Indian journal of veterinary science and animal husbandry - Volumes 18-21, 1948-1951
Year: 1948
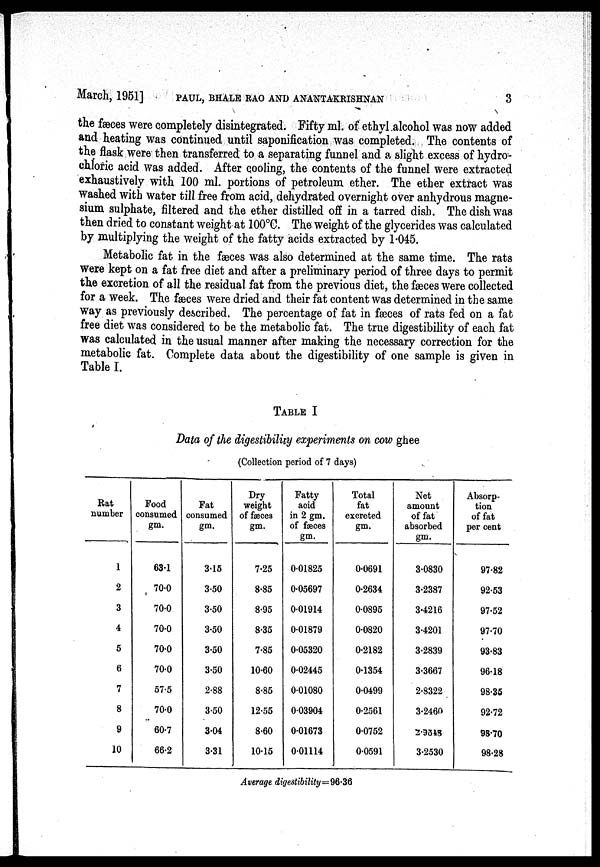
March, 1951] PAUL, BHALE RAO AND ANANTAKRISHNAN 3
the fæces were completely disintegrated. Fifty ml. of ethyl alcohol was now added
and heating was continued until saponification was completed. The contents of
the flask were then transferred to a separating funnel and a slight excess of hydro-
chloric acid was added. After cooling, the contents of the funnel were extracted
exhaustively with 100 ml. portions of petroleum ether. The ether extract was
washed with water till free from acid, dehydrated overnight over anhydrous magne-
sium sulphate, filtered and the ether distilled off in a tarred dish. The dish was
then dried to constant weight at 100°C. The weight of the glycerides was calculated
by multiplying the weight of the fatty acids extracted by 1.045.
Metabolic fat in the fæces was also determined at the same time. The rats
were kept on a fat free diet and after a preliminary period of three days to permit
the excretion of all the residual fat from the previous diet, the fæces were collected
for a week. The fæces were dried and their fat content was determined in the same
way as previously described. The percentage of fat in fæces of rats fed on a fat
free diet was considered to be the metabolic fat. The true digestibility of each fat
was calculated in the usual manner after making the necessary correction for the
metabolic fat. Complete data about the digestibility of one sample is given in
Table I.
TABLE I
Data of the digestibility experiments on cow ghee
(Collection period of 7 days)
Rat
number
1
2
3
4
5
6
7
8
9
10
Food
consumed
gm.
63.1
70.0
70.0
70.0
70.0
70.0
57.5
70.0
60.7
66.2
Fat
consumed
gm.
3.15
3.50
3.50
3.50
3.50
3.50
2.88
3.50
3.04
3.31
Dry
weight
of fæces
gm.
7.25
8.85
8.95
8.35
7.85
10.60
8.85
12.55
8.60
10.15
Fatty
acid
in 2 gm.
of fæces
gm.
0.01825
0.05697
0.01914
0.01879
0.05320
0.02445
0.01080
0.03904
0.01673
0.01114
Total
fat
excreted
gm.
0.0691
0.2634
0.0895
0.0820
0.2182
0.1354
0.0499
0.2561
0.0752
0.0591
Net
amount
of fat
absorbed
gm.
3.0830
3.2387
3.4216
3.4201
3.2839
3.3667
2.8322
3.2460
2.9348
3.2530
Absorp-
tion
of fat
per cent
97.82
92.53
97.52
97.70
93.83
96.18
98.35
92.72
98.70
98.28
Average digestibility=96.36